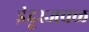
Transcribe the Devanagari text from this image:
इंदूरजवळ